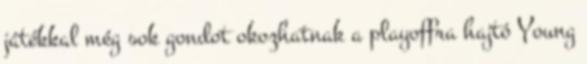
játékkal még sok gondot okozhatnak a playoffra hajtó Young